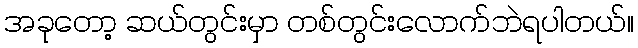
အခုတော့ ဆယ်တွင်းမှာ တစ်တွင်းလောက်ဘဲရပါတယ်။